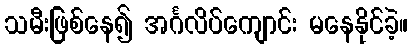
သမီးဖြစ်နေ၍ အင်္ဂလိပ်ကျောင်း မနေနိုင်ခဲ့။